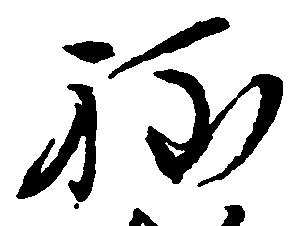
程